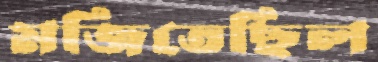
মজিতেছিল